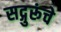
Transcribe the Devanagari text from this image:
सद्गुरूंचे